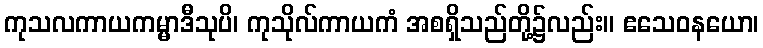
ကုသလကာယကမ္မာဒီသုပိ၊ ကုသိုလ်ကာယကံ အစရှိသည်တို့၌လည်း။ ဧသေဝနယော၊